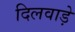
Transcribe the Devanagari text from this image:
दिलवाड़े